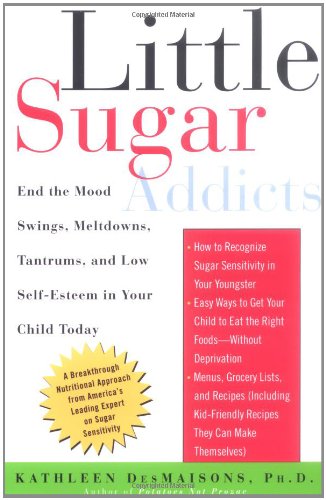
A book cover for Little Sugar Addicts: End the Mood Swings, Meltdowns, Tantrums, and Low Self-Esteem in Your Child Today; Kathleen DesMaisons; Cookbooks, Food & Wine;